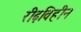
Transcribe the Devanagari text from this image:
रीढ़विहीन